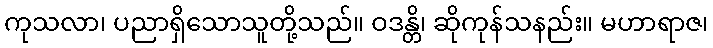
ကုသလာ၊ ပညာရှိသောသူတို့သည်။ ဝဒန္တိ၊ ဆိုကုန်သနည်း။ မဟာရာဇ၊